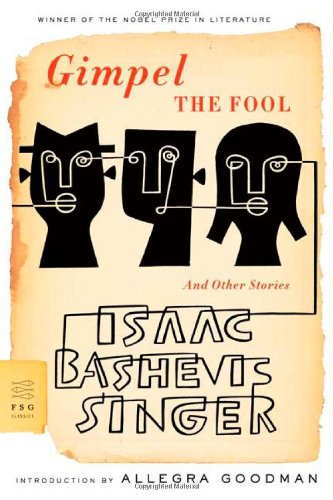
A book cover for Gimpel the Fool: And Other Stories (FSG Classics); Isaac Bashevis Singer; Science Fiction & Fantasy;